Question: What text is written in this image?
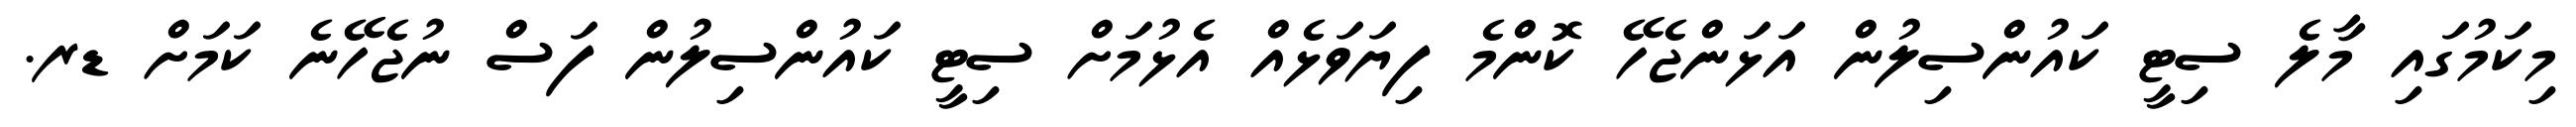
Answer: މިކަމުގައި މާލެ ސިޓީ ކައުންސިލުން އަޅަންޖެހޭ ކޮންމެ ފިޔަވަޅެއް އެޅުމަށް ސިޓީ ކައުންސިލުން ފަސް ނުޖެހޭނެ ކަމަށް ޑރ.